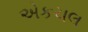
એકચલ